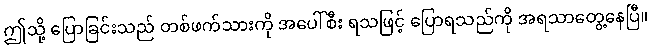
ဤသို့ ပြောခြင်းသည် တစ်ဖက်သားကို အပေါ်စီး ရသဖြင့် ပြောရသည်ကို အရသာတွေ့နေပြီ။